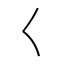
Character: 𡿨